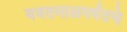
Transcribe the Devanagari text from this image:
यवतमाळपर्यंतचे